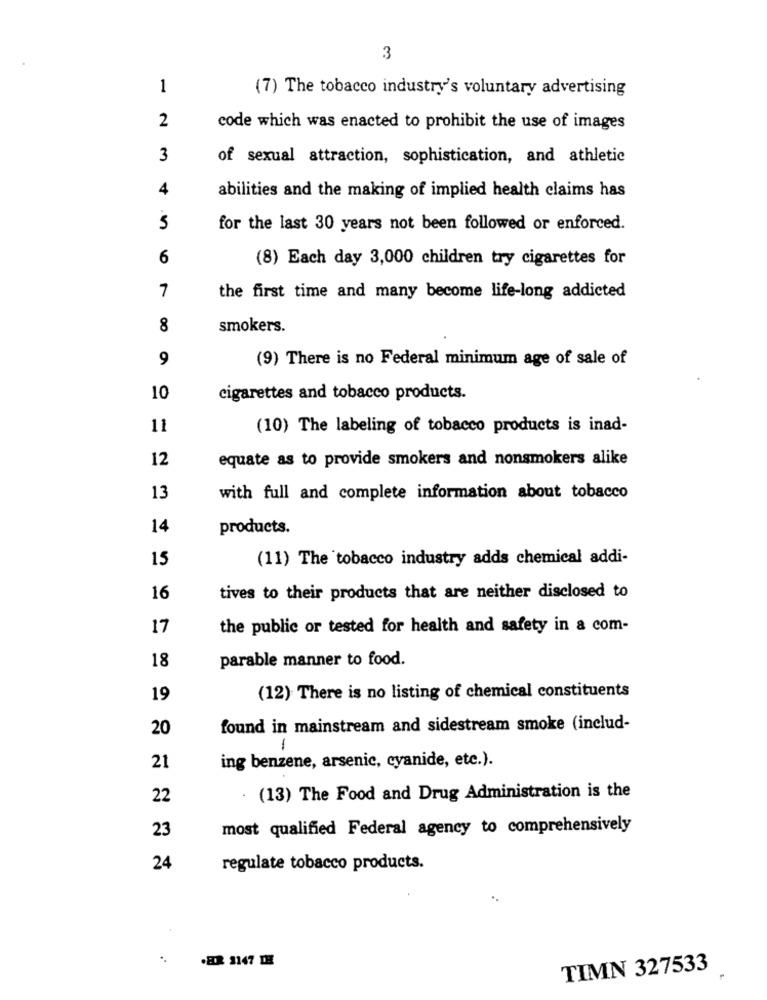
3
1
(7) The tobacco industry's voluntary advertising
2
code which was enacted to prohibit the use of images
3
of sexual attraction, sophistication, and athletic
4
abilities and the making of implied health claims has
5
for the last 30 years not been followed or enforced.
6
(8) Each day 3,000 children try cigarettes for
7
the first time and many become life-long addicted
8
smokers.
9
(9) There is no Federal minimum age of sale of
10
cigarettes and tobacco products.
11
(10) The labeling of tobacco products is inad-
12
equate as to provide smokers and nonsmokers alike
13
with full and complete information about tobacco
14
products.
15
(11) The tobacco industry adds chemical addi-
16
tives to their products that are neither disclosed to
17
the public or tested for health and safety in a com-
18
parable manner to food.
19
(12) There is no listing of chemical constituents
20
found in mainstream and sidestream smoke (includ-
-
21
ing benzene, arsenic, cyanide, etc.).
22
(13) The Food and Drug Administration is the
23
most qualified Federal agency to comprehensively
24
regulate tobacco products.
.EDR 2147 IH
TIMN 327533